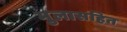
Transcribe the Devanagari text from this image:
मुलासहित